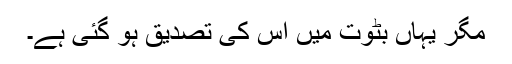
مگر یہاں بٹوت میں اس کی تصدیق ہو گئی ہے۔